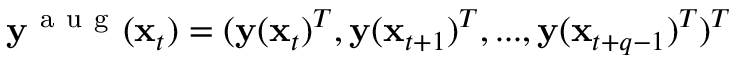
\mathbf { y } ^ { \mathrm { ~ a ~ u ~ g ~ } } ( \mathbf { x } _ { t } ) = ( \mathbf { y } ( \mathbf { x } _ { t } ) ^ { T } , \mathbf { y } ( \mathbf { x } _ { t + 1 } ) ^ { T } , . . . , \mathbf { y } ( \mathbf { x } _ { t + q - 1 } ) ^ { T } ) ^ { T }